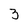
Character: 3